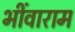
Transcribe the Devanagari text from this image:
भींवाराम